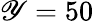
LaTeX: \mathscr{Y}=50